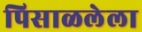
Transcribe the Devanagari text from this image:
पिसाळलेला